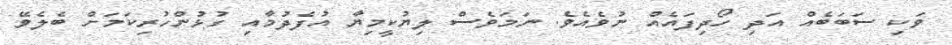
ވަކި ސަބަބެއް އަދި ހޯދިފައެއް ނުވެއެވެ. ނަމަވެސް ލިޔުކީމިޔާ އުފެދުމާއި ގުޅުންހުރިކަމަށް ބެލެވޭ